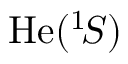
\mathrm { H e } ( ^ { 1 } \! S )